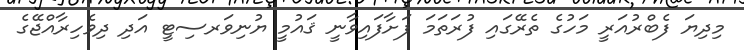
މިދިޔަ ފެބްރުއަރީ މަހުގެ ތެރޭގައި ފުރަތަމަ ފަށާފައިވާނީ ޤައުމީ ޔުނިވަރސިޓީ އަދި ދިވެހިރާއްޖޭގެ